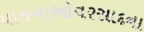
યોજનાઓવરસાદના